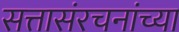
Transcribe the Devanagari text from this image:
सत्तासंरचनांच्या